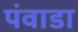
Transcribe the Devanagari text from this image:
पंवाडा